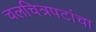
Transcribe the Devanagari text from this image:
चलचित्रपटांचा